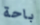
باحة